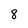
Character: 8